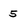
Character: 5